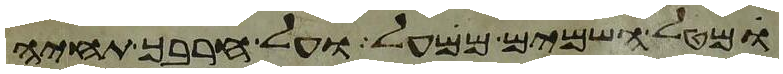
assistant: מטל השמים ממעל ועל חרבך תחיה